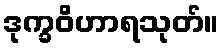
ဒုက္ခဝိဟာရသုတ်။